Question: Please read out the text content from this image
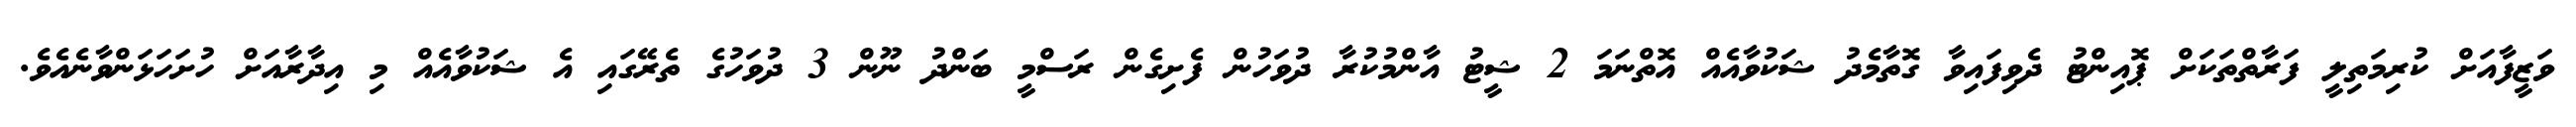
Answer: ވަޒީފާއަށް ކުރިމަތިލީ ފަރާތްތަކަށް ޕޮއިންޓު ދެވިފައިވާ ގޮތާމެދު ޝަކުވާއެއް އޮތްނަމަ 2 ޝީޓު އާންމުކުރާ ދުވަހުން ފެށިގެން ރަސްމީ ބަންދު ނޫން 3 ދުވަހުގެ ތެރޭގައި އެ ޝަކުވާއެއް މި އިދާރާއަށް ހުށަހަޅަންވާނެއެވެ.